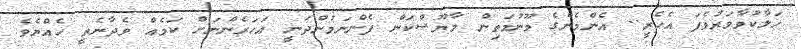
ހަލާކުވާވަރުވެފަ އެހެރީ.. އެންމެންގެ މޫނުމަތިން މާޔޫސްކަން ފެންނަމުންދަނީ އަހަރެންނަށް ކަމެއް ވެދާނެތީ ހެއްޔެވެ